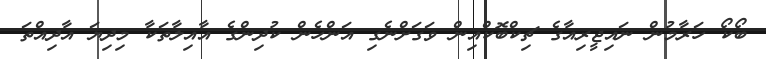
ބޯކޯ ހަރާމުން ނައިޖީރިއާގެ ޗިކްބޮކްއިން ވަގަށްނެގި އަންހެން ކުދިންގެ އާއިލާތަކާ މިދިޔަ އާދިއްތަ